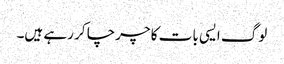
لوگ ایسی بات کا چرچا کر رہے ہیں۔